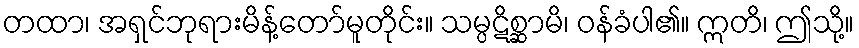
တထာ၊ အရှင်ဘုရားမိန့်တော်မူတိုင်း။ သမ္ပဋိစ္ဆာမိ၊ ဝန်ခံပါ၏။ ဣတိ၊ ဤသို့။